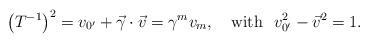
LaTeX: \begin{align*}\left( T^{-1}\right) ^2=v_{0^{\prime }}+\vec{\gamma}\cdot \vec{v}=\gamma^mv_m,\quad {\rm {with\,\,\,\,}}v_{0^{\prime }}^2-\vec{v}^2=1.{\rm {\,}}\end{align*}